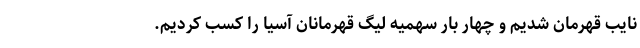
نایب قهرمان شدیم و چهار بار سهمیه لیگ قهرمانان آسیا را کسب کردیم.